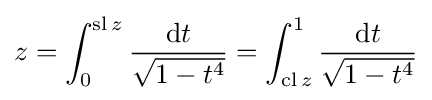
z=\int _{0}^{\operatorname {sl} z}{\frac {\mathrm {d} t}{\sqrt {1-t^{4}}}}=\int _{\operatorname {cl} z}^{1}{\frac {\mathrm {d} t}{\sqrt {1-t^{4}}}}